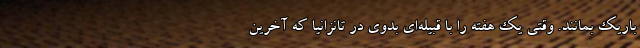
باریک بمانند. وقتی یک هفته را با قبیله‌ای بدوی در تانزانیا که آخرین